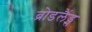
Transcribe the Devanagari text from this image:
ब्रोडलैंड्स